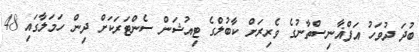
ބުދަ ދުވަހު އަފްޣާނިސްތާނުގެ ވެރިރަށް ކާބުލްގެ ޓިއުޝަން ސެންޓަރަކަށް ދިން ހަމަލާގައި 48